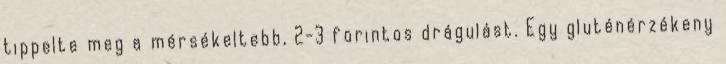
tippelte meg a mérsékeltebb, 2-3 forintos drágulást. Egy gluténérzékeny